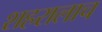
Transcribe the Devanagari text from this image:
शहरालाच